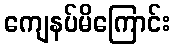
ကျေနပ်မိကြောင်း